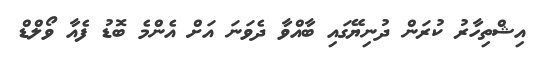
އިޝްތިހާރު ކުރަން ދުނިޔޭގައި ބާއްވާ ދެވަނަ އަށް އެންމެ ބޮޑު ފެއާ ވޯލްޑް